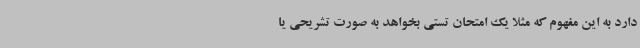
دارد به این مفهوم که مثلاً یک امتحان تستی بخواهد به صورت تشریحی یا